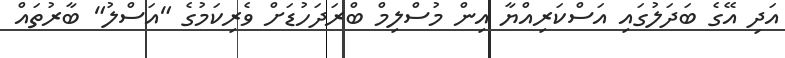
އަދި އޭގެ ބަދަލުގައި އަސްކަރިއްޔާ އިން މުސްލިމް ބްރަދަހުޑަށް ވެރިކަމުގެ "އަސްލު" ބާރުތައް